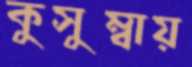
কুসুম্বায়